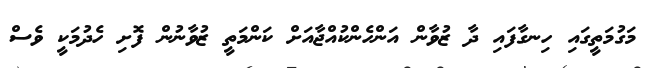
މަގުމަތީގައި ހިނގާފައި ދާ ޒުވާން އަންހެންކުއްޖާއަށް ކަންމަތީ ޒުވާނުން ފޮށި ހެދުމަކީ ވެސް